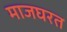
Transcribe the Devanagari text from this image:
माजघरत